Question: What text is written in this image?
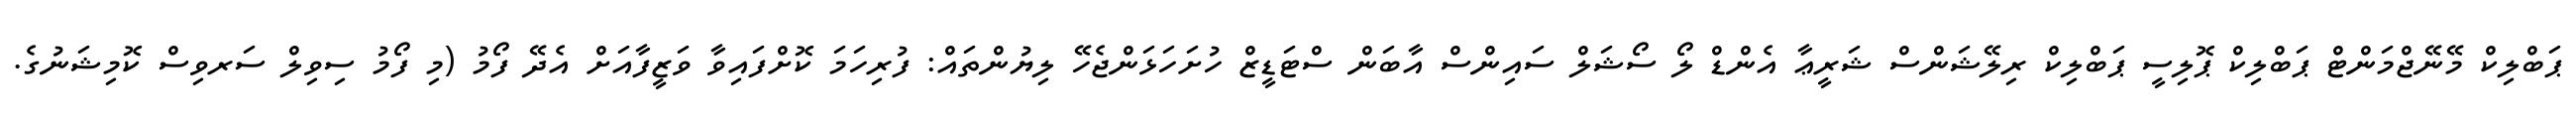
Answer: ޕަބްލިކް މޭނޭޖްމަންޓް ޕަބްލިކް ޕޮލިސީ ޕަބްލިކް ރިލޭޝަންސް ޝަރީޢާ އެންޑް ލޯ ސޯޝަލް ސައިންސް އާބަން ސްޓަޑީޒް ހުށަހަޅަންޖެހޭ ލިޔުންތައް: ފުރިހަމަ ކޮށްފައިވާ ވަޒީފާއަށް އެދޭ ފޯމު (މި ފޯމު ސިވިލް ސަރވިސް ކޮމިޝަނުގެ.